Medical and sanitary report on the native army of Bombay for the year
Year: 1877
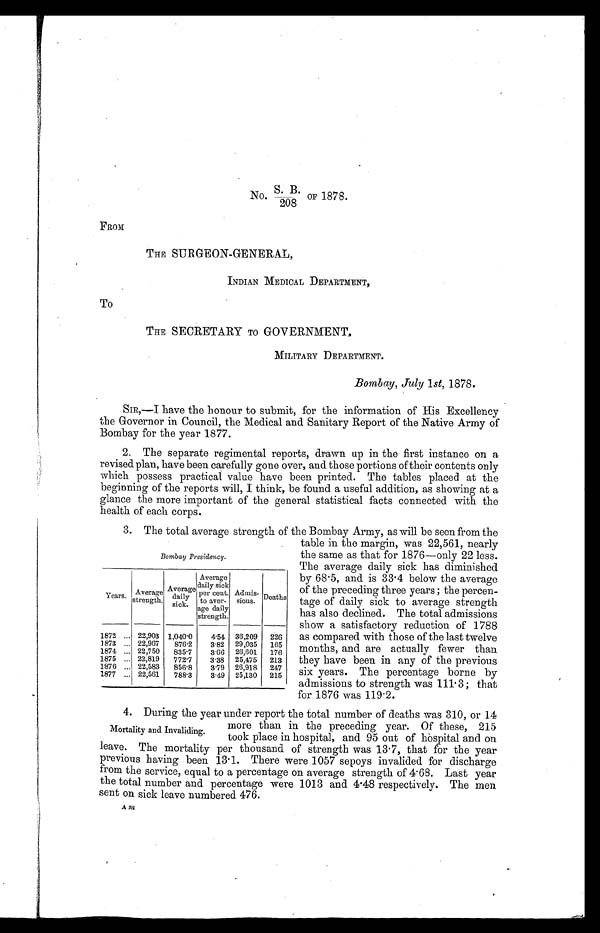
Bombay Presidency.
Years.
Average
strength.
Average
dail
y
sick.
Average
daily sick
per cent.
to aver-
age daily
strength.
Admis-
sious.
Deaths
1872 ... 22,903 1,040.0
4.54
36,209
226
1873 ... 22,967
876 .2
3.82
29,035
165
1874
. . . 22,750
835 .7
3.66
26,601
176
1875
. . . 22,819
772.7
3.38
25,475
213
1876 ... 22,583
856.8
319
26,918
247
1877 ... 22,561
788. 3
3.49
25,130
215
No. S. B./ 208 OF 1878.
FROM
THE SURGEON-GENERAL,
INDIAN MEDICAL DEPARTMENT,
To
THE SECRETARY TO GOVERNMENT,
MILITARY DEPARTMENT.
Bombay, July 1st, 1878.
SIR,—I have the honour to submit, for the information of His Excellency
the Governor in Council, the Medical and Sanitary Report of the Native Army of
Bombay for the year 1877.
2. The separate regimental reports, drawn up in the first instance on a
revised plan, have been carefully gone over, and those portions of their contents only
which possess practical value have been printed. The tables placed at the
beginning of the reports will, I think, be found a useful addition, as showing at a
glance the more important of the general statistical facts connected with the
health of each corps.
3. The total average strength of the Bombay Army, as will be seen from the
table in the margin was 22,561, nearly
b 5
the same as that for 1876—only 22 less.
The average daily sick has diminished
by 68.5, and is 33.4 below the average
of the preceding three years ; the percen-
tage of daily sick to average strength
has also declined. The total admissions
show a satisfactory reduction of 1788
as compared with those of the last twelve
months, and are actually fewer than
they have been in any of the previous
six years. The percentage borne by
admissions to strength was 111. 3; that
for 1876 was 119.2.
4. During the year under report the total number of deaths was 310, or 14
more than in the preceding year. Of these, 215
took place in hospital, and 95 out of hospital and on
leave. The mortality per thousand of strength was 13.7, that for the year
previous having been 13.1. There were 1057 sepoys invalided for discharge
from the service, equal to a percentage on average strength of 4.68. Last year
the total number and percentage were 1013 and 4.48 respectively. The men
sent on sick leave numbered 476.
Mortality and Invaliding.
Am